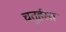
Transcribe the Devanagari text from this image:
चतुर्हस्त